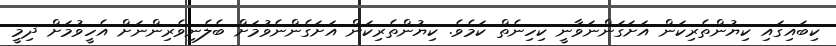
ކިބައިގައި ކިޔުންތެރިކަން އަށަގަންނަވާނީ ކިހިނެތް ކަމެވެ. ކިޔުންތެރިކަން އަށަގެންނެވުމަށް ބެލެނިވެރިންނަށް އެހީވުމަށް ދިމީ